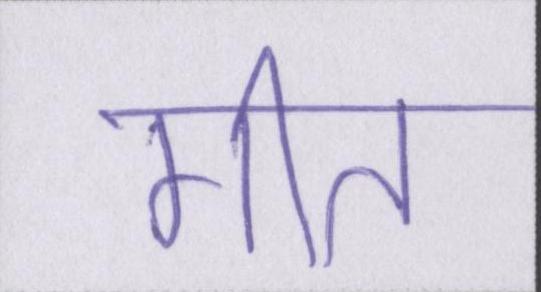
गीत